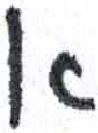
אות: א